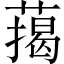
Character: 䔾